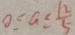
0 \leq a \leq \frac { 1 2 } { 5 }